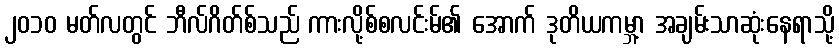
၂၀၁၀ မတ်လတွင် ဘီလ်ဂိတ်စ်သည် ကားလို့စ်စလင်းမ်၏ အောက် ဒုတိယကမ္ဘာ့ အချမ်းသာဆုံးနေရာသို့